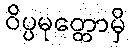
ဝိပ္ပမုတ္တောမှိ